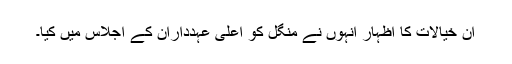
ان خیالات کا اظہار انہوں نے منگل کو اعلی عہدداران کے اجلاس میں کیا۔